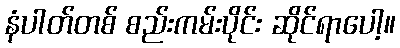
နံပါတ်တစ် စည်းကမ်းပိုင်း ဆိုင်ရာပေါ့။